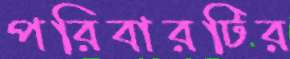
পরিবারটির